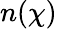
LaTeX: n(\chi)